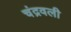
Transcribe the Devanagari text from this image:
चंद्रवली